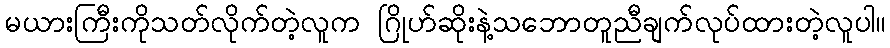
မယားကြီးကိုသတ်လိုက်တဲ့လူက ဂြိုဟ်ဆိုးနဲ့သဘောတူညီချက်လုပ်ထားတဲ့လူပါ။